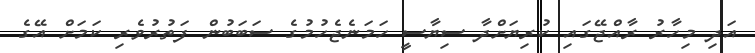
އަދި މިހާރު ރާއްޖޭގައި ކުރިޔަށްދާ ސިޔާސީ ހަމަނެޖެހުމުގެ ސަބަބުން ފަތުރުވެރި ކަމަށް އޭގެ